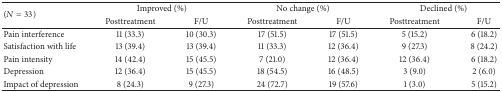
<table><thead><tr><td rowspan="2"><b>(<i>N</i> = 33)</b></td><td colspan="2"><b>Improved (%)</b></td><td colspan="2"><b>No change (%)</b></td><td colspan="2"><b>Declined (%)</b></td></tr><tr><td><b>Posttreatment</b></td><td><b>F/U</b></td><td><b>Posttreatment</b></td><td><b>F/U</b></td><td><b>Posttreatment</b></td><td><b>F/U</b></td></tr></thead><tbody><tr><td>Pain interference</td><td>11 (33.3)</td><td>10 (30.3)</td><td>17 (51.5)</td><td>17 (51.5)</td><td>5 (15.2)</td><td>6 (18.2)</td></tr><tr><td>Satisfaction with life</td><td>13 (39.4)</td><td>13 (39.4)</td><td>11 (33.3)</td><td>12 (36.4)</td><td>9 (27.3)</td><td>8 (24.2)</td></tr><tr><td>Pain intensity</td><td>14 (42.4)</td><td>15 (45.5)</td><td>7 (21.0)</td><td>12 (36.4)</td><td>12 (36.4)</td><td>6 (18.2)</td></tr><tr><td>Depression</td><td>12 (36.4)</td><td>15 (45.5)</td><td>18 (54.5)</td><td>16 (48.5)</td><td>3 (9.0)</td><td>2 (6.0)</td></tr><tr><td>Impact of depression</td><td>8 (24.3)</td><td>9 (27.3)</td><td>24 (72.7)</td><td>19 (57.6)</td><td>1 (3.0)</td><td>5 (15.2)</td></tr></tbody></table>